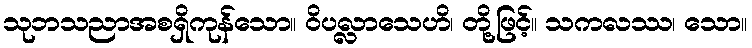
သုဘသညာအစရှိကုန်သော။ ဝိပလ္လာသေဟိ၊ တို့ဖြင့်။ သကလဿ၊ သော။